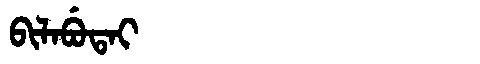
Manchu: ᠪᡳᠯᠠᠪᡠᡨᠠᡳ
Romanization: BILABUTAI